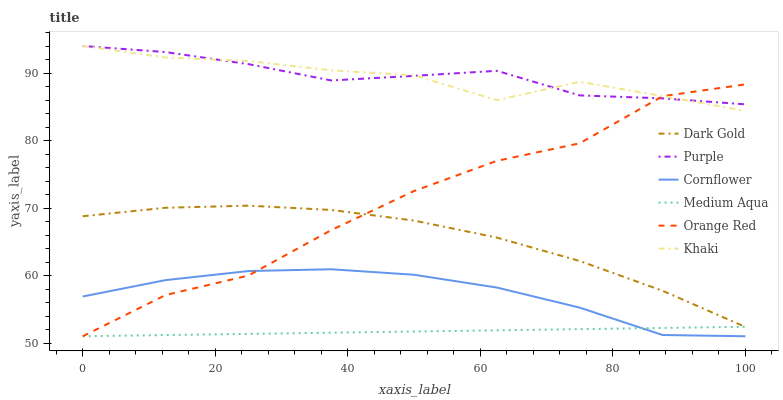
| xaxis_label | Dark Gold | Purple | Cornflower | Medium Aqua | Orange Red | Khaki |
 | --- | --- | --- | --- | --- | --- | --- |
 | 0 | 68.8 | 94 | 56.9 | 51 | 51 | 94 |
 | 12.5 | 70 | 93.1 | 59.3 | 51.2 | 57.1 | 92.3 |
 | 25 | 70.3 | 91.3 | 60.7 | 51.4 | 60 | 91.8 |
 | 37.5 | 69.7 | 88.9 | 60.9 | 51.5 | 66.7 | 90.4 |
 | 50 | 68.1 | 89.6 | 60.1 | 51.7 | 72.5 | 89.7 |
 | 62.5 | 65.6 | 90.3 | 58.2 | 51.9 | 77 | 86 |
 | 75 | 62.1 | 86.7 | 55.2 | 52.1 | 79.6 | 88.7 |
 | 87.5 | 57.7 | 86.2 | 51.2 | 52.2 | 86.6 | 86.6 |
 | 100 | 52.4 | 85.4 | 51 | 52.4 | 88.3 | 84.4 |